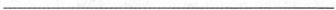
___